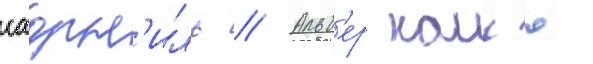
саорн'иль // Альб'ер кам'ю